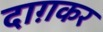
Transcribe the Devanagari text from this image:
दाग़कर